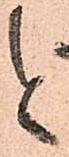
と